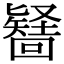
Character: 𭍶